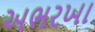
અભરખા